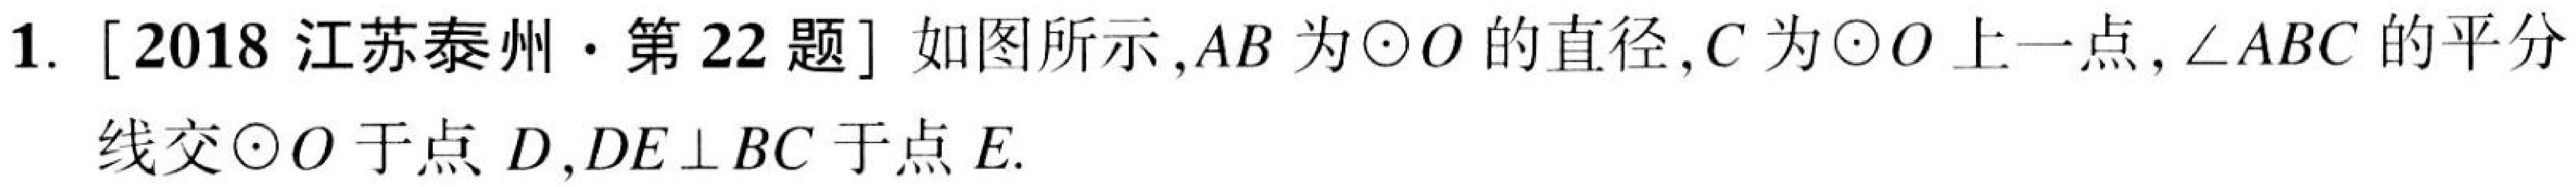
1. [2018 江苏泰州·第 22 题] 如图所示，\(AB\)为\(\odot O\)的直径，\(C\)为\(\odot O\)上一点，\(\angle ABC\)的平分线交\(\odot O\)于点\(D\)，\(DE\perp BC\)于点\(E\).